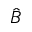
\hat { B }